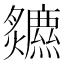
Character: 𤓏